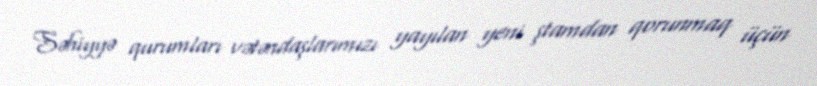
Səhiyyə qurumları vətəndaşlarımızı yayılan yeni ştamdan qorunmaq üçün